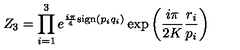
Z _ { 3 } = \prod _ { i = 1 } ^ { 3 } e ^ { \frac { i \pi } { 4 } \mathrm { s i g n } ( p _ { i } q _ { i } ) } \exp \left( \frac { i \pi } { 2 K } \frac { r _ { i } } { p _ { i } } \right)